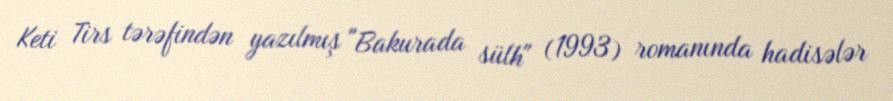
Keti Tirs tərəfindən yazılmış "Bakurada sülh" (1993) romanında hadisələr